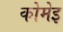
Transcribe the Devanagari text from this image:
कोमेइ